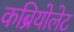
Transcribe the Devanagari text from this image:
कब्रियोलेट